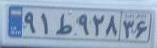
۹۱ط۹۲۸۳۶